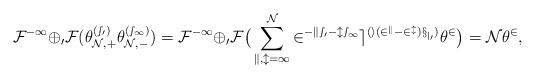
LaTeX: \begin{align*} \cal F^{-1}\Phi _0\cal F(\theta _{N,+}^{(s_0)}\theta _{N,-}^{(s_1)})= \cal F^{-1}\Phi _0\cal F\big(\sum_{k,l=1}^{N}2^{-ks_0-ls_1} e^{(i(2^{k}-2^l)x_{j_0})} \theta^2\big) =N\theta^2, \end{align*}